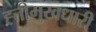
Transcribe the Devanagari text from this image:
ह्त्तीमुखधारी